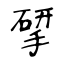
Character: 揅